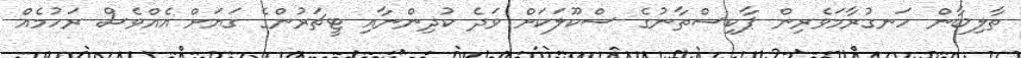
ތާލިބާން ހަނގުރާމަވެރިން ޕާކިސްތާނުގެ ސްކޫލަކަށް ވަދެ ކުދިންނާއި ޓީޗަރުންގެ ގަޔަށް އެއްވެސް ރަހުމެއް